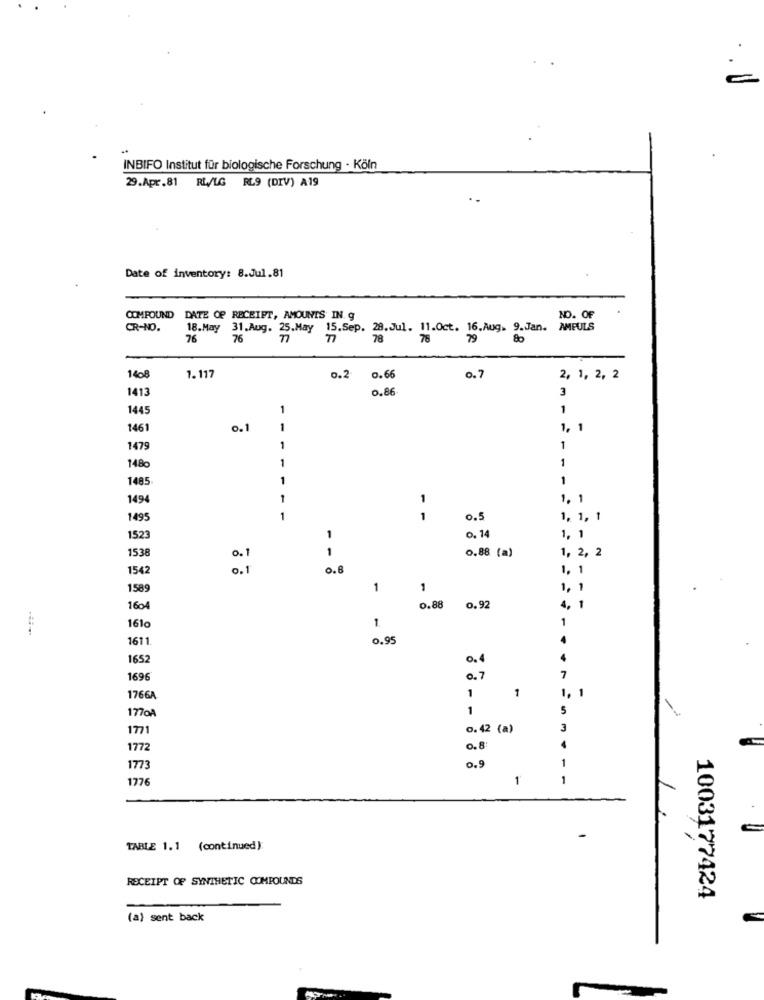
INBIFO Institut für biologische Forschung - Köln
29.Apr.81 RL/LG RL9 (DIV) A19
Date of inventory: 8.Jul.81
COMPOUND DATE OF RECEIPT, AMOUNTS IN. g
NO. OF
CR-NO.
18.May 31.Aug. 25.May 15.Sep. 28.Jul. 11.Oct. 16.Aug. 9.Jan.
AMPULS
76
76
78
78
79
80
140
1.117
0.2
0.66
0.7
2, 1, 2, 2
1413
0.86
3
1445
1
1
1461
0.1
1, 1
1479
1
1
1480
1485
1
1494
1
1. 1
1495
1
0.5
1, 1, 1
1523
1
0. 14
1, 1
1538
0.88 (a)
1, 2, 2
0.1
1
1542
0.1
0.8
1, 1
1589
1
1
1, 1
1604
0.88 0.92
4, 1
1
161
1.
1611
0.95
1652
0.4
1696
0.7
7
1
1766A
1
1, 1
177oA
1
5
1771
0.42 (a)
3
1772
0.8:
0.9
1
1773
1776
1'
1
TABLE 1.1 (continued)
RECEIPT OF SYNTHETIC COMPOUNDS
1003177424
(a) sent back